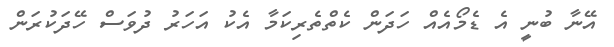
އޭނާ ބުނީ އެ ޑެމޯއެއް ހަދަން ކެތްތެރިކަމާ އެކު އަހަރު ދުވަސް ހޭދަކުރަން